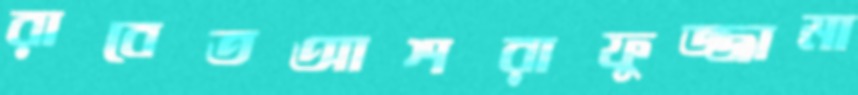
রাবেতআশরাফুজ্জামা